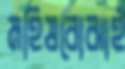
মহিষবোঝাই